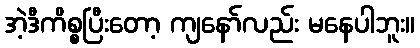
အဲ့ဒီကိစ္စပြီးတော့ ကျနော်လည်း မနေပါဘူး။